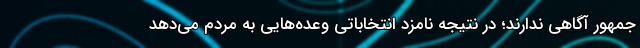
جمهور آگاهی ندارند؛ در نتیجه نامزد انتخاباتی وعده‌هایی به مردم می‌دهد